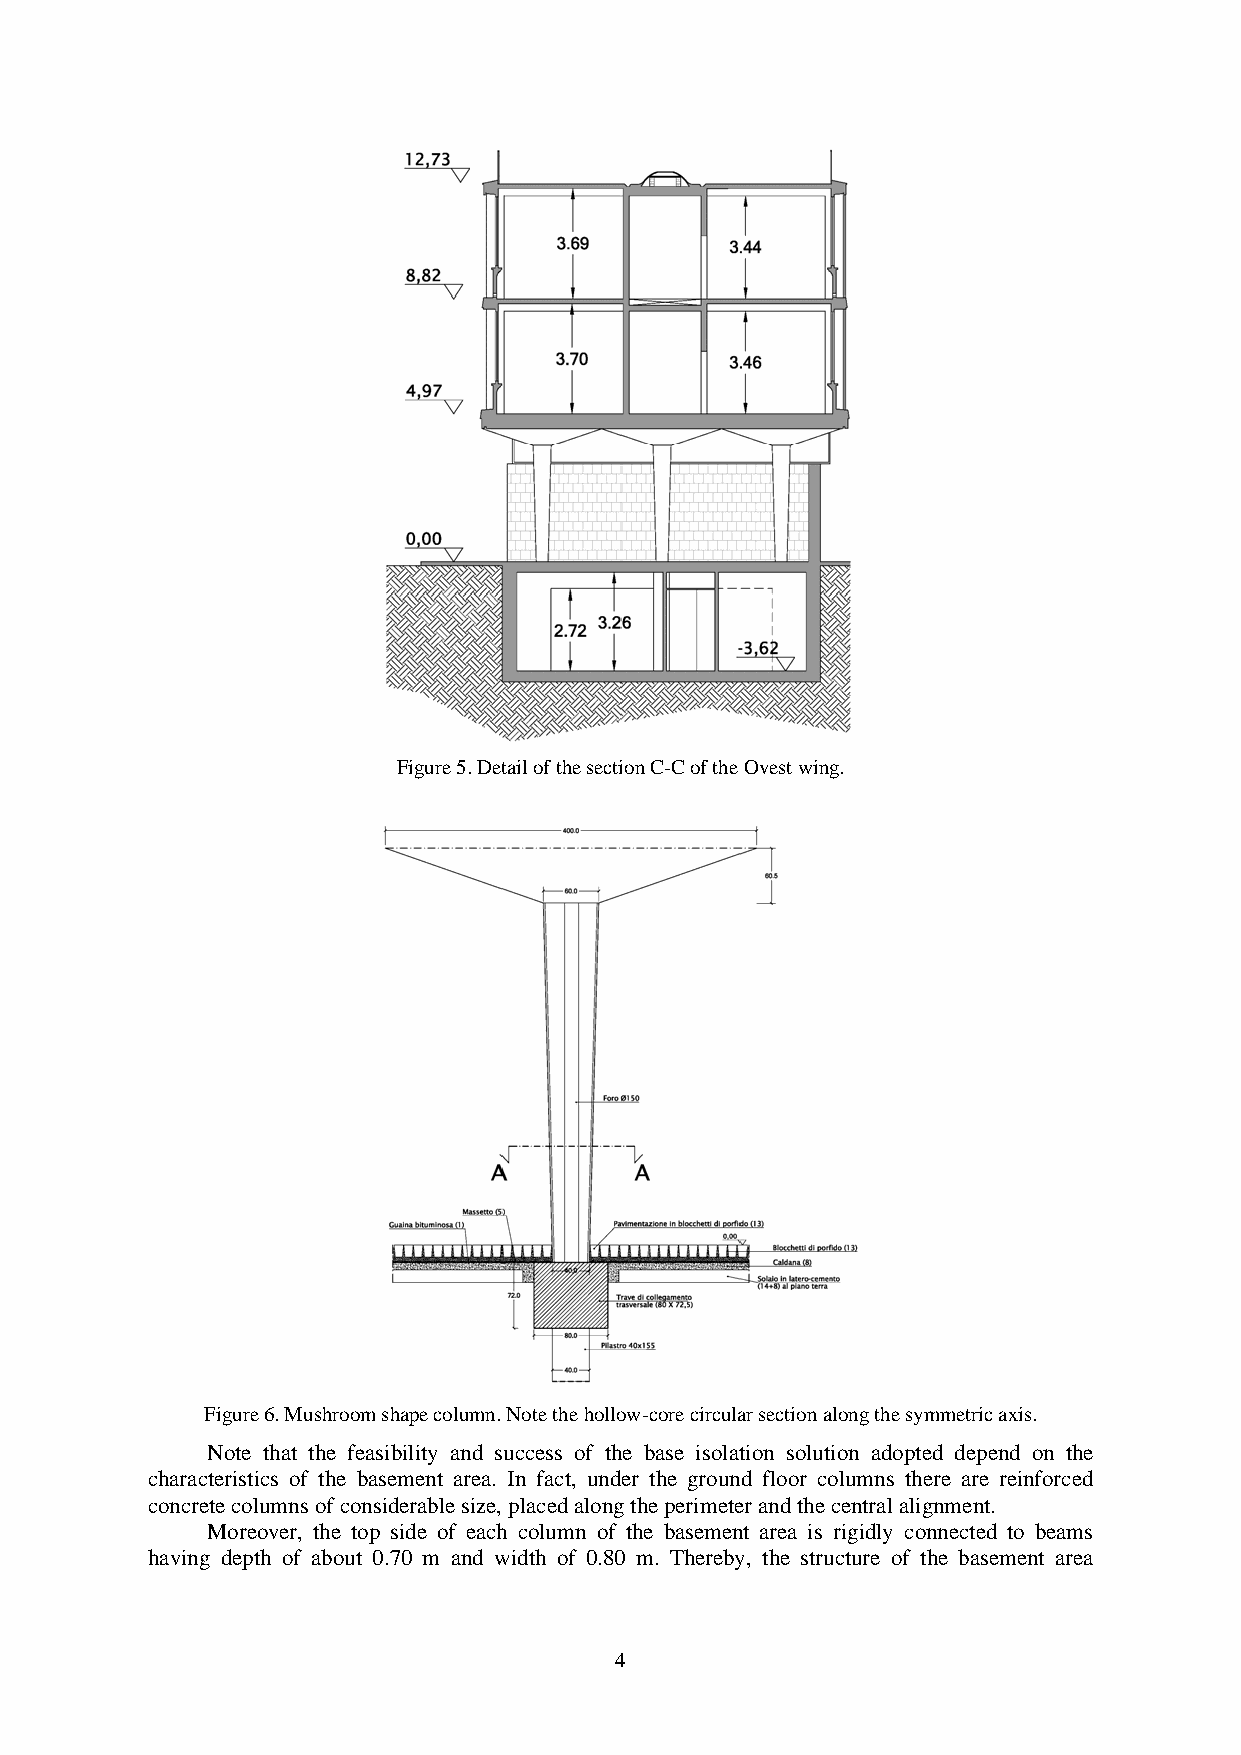
Figure 5. Detail of the section C-C of the Ovest wing.
 Figure 6. Mushroom shape column. Note the hollow-core circular section along the symmetric axis.
 Note that the feasibility and success of the base isolation solution adopted depend on the
 characteristics of the basement area. In fact, under the ground floor columns there are reinforced
 concrete columns of considerable size, placed along the perimeter and the central alignment.
 Moreover, the top side of each column of the basement area is rigidly connected to beams
 having depth of about 0.70 m and width of 0.80 m. Thereby, the structure of the basement area
 4